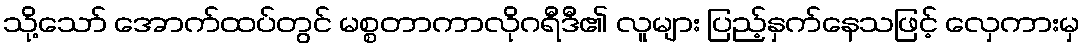
သို့သော် အောက်ထပ်တွင် မစ္စတာကာလိုဂရီဒီ၏ လူများ ပြည့်နှက်နေသဖြင့် လှေကားမှ